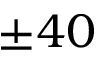
\pm 4 0